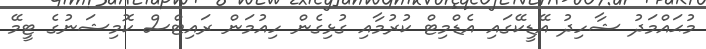
މުޙައްމަދު ޝާހިދު އޭޑީކޭގައި އެޑްމިޓް ކުރުމާއި ގުޅިގެން ހިއުމަން ރައިޓްސް ކޮމިޝަނުގެ ޓީމޭ